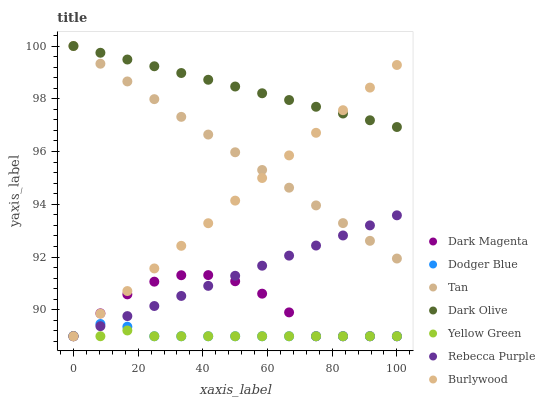
| xaxis_label | Dark Magenta | Dodger Blue | Tan | Dark Olive | Yellow Green | Rebecca Purple | Burlywood |
 | --- | --- | --- | --- | --- | --- | --- | --- |
 | 0 | 89 | 89 | 100 | 100 | 89 | 89 | 89 |
 | 8.33 | 89.9 | 89.5 | 99.3 | 99.7 | 89 | 89.4 | 89.9 |
 | 16.7 | 90.6 | 89.4 | 98.7 | 99.5 | 89.2 | 89.8 | 90.7 |
 | 25 | 91.1 | 89 | 98 | 99.2 | 89 | 90.1 | 91.6 |
 | 33.3 | 91.3 | 89 | 97.3 | 99 | 89 | 90.5 | 92.4 |
 | 41.7 | 91.3 | 89 | 96.6 | 98.7 | 89 | 90.9 | 93.3 |
 | 50 | 91.1 | 89 | 96 | 98.5 | 89 | 91.3 | 94.1 |
 | 58.3 | 90.6 | 89 | 95.3 | 98.2 | 89 | 91.7 | 95 |
 | 66.7 | 89.9 | 89 | 94.6 | 98 | 89 | 92.1 | 95.9 |
 | 75 | 89 | 89 | 94 | 97.7 | 89 | 92.4 | 96.7 |
 | 83.3 | 89 | 89 | 93.3 | 97.4 | 89 | 92.8 | 97.6 |
 | 91.7 | 89 | 89 | 92.6 | 97.2 | 89 | 93.2 | 98.4 |
 | 100 | 89 | 89 | 91.9 | 96.9 | 89 | 93.6 | 99.3 |